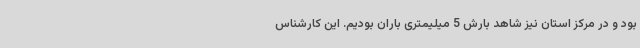
بود و در مرکز استان نیز شاهد بارش 5 میلیمتری باران بودیم. این کارشناس